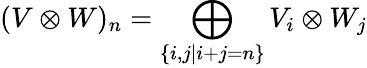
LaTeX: (V\otimes W)_{n}=\bigoplus_{\{ i,j|i+j=n\} }V_{i}\otimes W_{j}